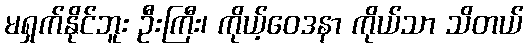
မရှက်နိုင်ဘူး ဦးကြီး၊ ကိုယ့်ဝေဒနာ ကိုယ်သာ သိတယ်